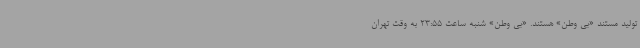
تولید مستند «بی وطن» هستند. «بی وطن» شنبه ساعت 23:55 به وقت تهران